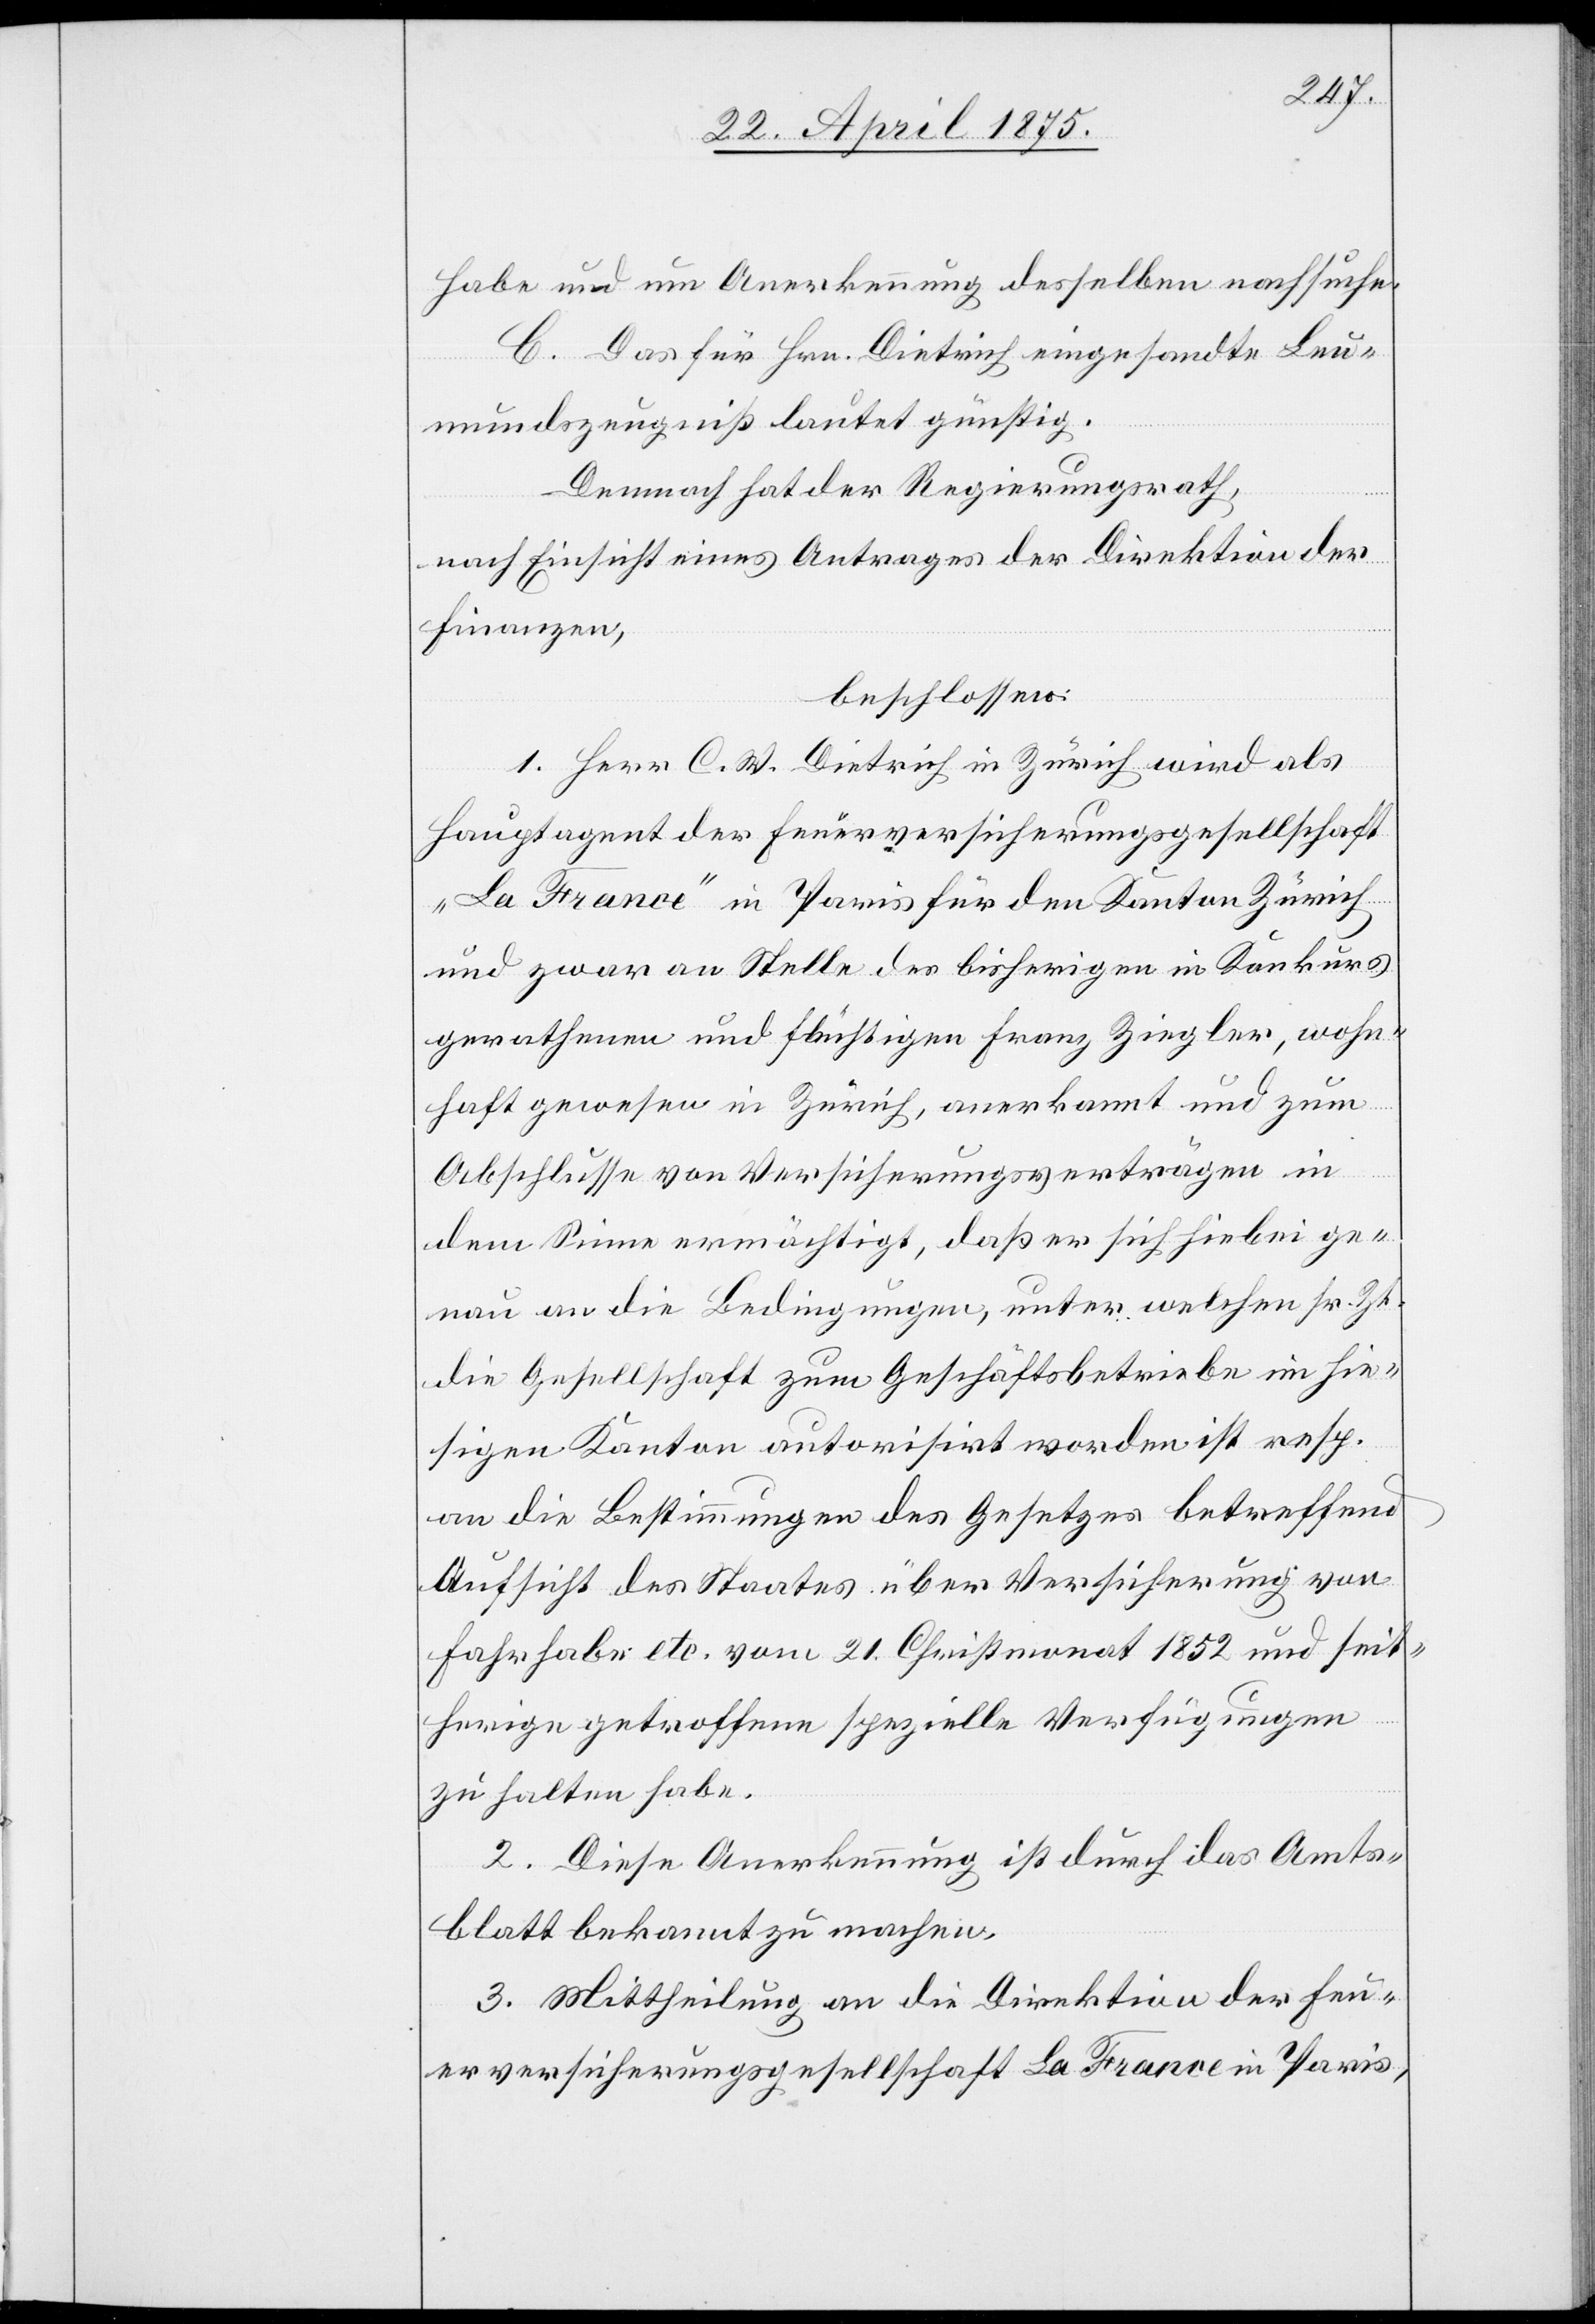
habe und um Anerkennung desselben nachsuche.
C. Das für Hrn. Dietrich eingesandte Leu¬
mundszeugniß lautet günstig.
Demnach hat der Regierungsrath,
nach Einsicht eines Antrages der Direktion der
Finanzen,
beschlossen:
1. Herr C. W. Dietrich in Zürich wird als
Hauptagent der Feuerversicherungsgesellschaft
„La France“ in Paris für den Kanton Zürich
und zwar an Stelle des bisherigen in Konkurs
gerathenen und flüchtigen Franz Ziegler, wohn¬
haft gewesen in Zürich, anerkannt und zum
Abschlusse von Versicherungsverträgen in
dem Sinne ermächtigt, daß er sich hiebei ge¬
nau an die Bedingungen, unter welchen Fr. Zt.
die Gesellschaft zum Geschäftsbetriebe im hie¬
sigen Kanton autorisirt worden ist resp.
an die Bestimmungen des Gesetzes betreffend
Aufsicht des Staats über Versicherung von
zu halten habe.
2. Diese Anerkennung ist durch das Amts¬
blatt bekannt zu machen.
3. Mittheilung an die Direktion der Feu¬
erversicherungsgesellschaft La France in Paris,